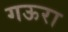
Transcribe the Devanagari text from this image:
गऊरा